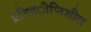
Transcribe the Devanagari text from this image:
प्रतिद्ीप्तिशील